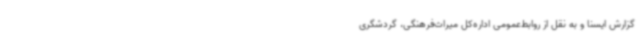
گزارش ایسنا و به نقل از روابط‌عمومی اداره‌کل میراث‌فرهنگی، گردشگری